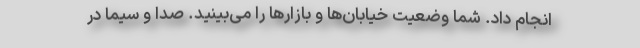
انجام داد. شما وضعیت خیابان‌ها و بازارها را می‌بینید. صدا و سیما در